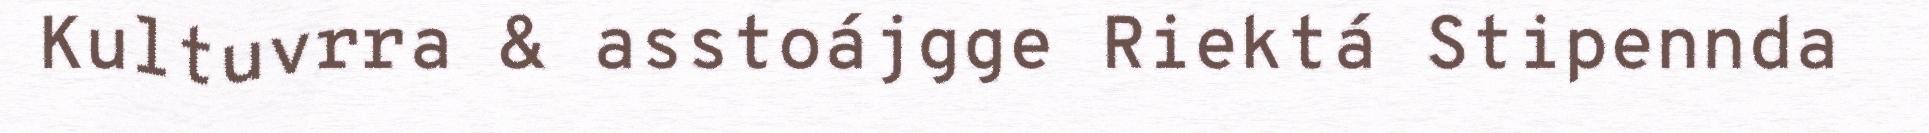
Kultuvrra & asstoájgge Riektá Stipennda